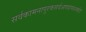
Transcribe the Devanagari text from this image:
सर्वकामनापूरकसर्वआपदानाशकहै।